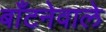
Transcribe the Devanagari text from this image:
बाँटनेवाले